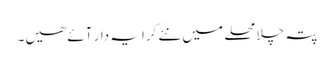
پتہ چلا محلے میں نئے کرایہ دار آئے ھیں۔